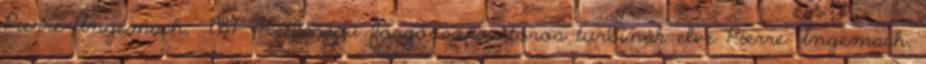
Pierre Ungemach, 1987 Kétfázisú forgószeparátoros turbinák elve Pierre Ungemach,